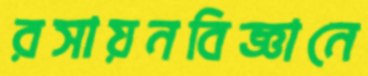
রসায়নবিজ্ঞানে